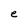
Character: e